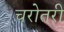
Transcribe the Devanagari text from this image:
चरोतरी